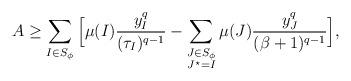
LaTeX: \begin{align*} A\geq\sum_{I\in S_\phi}\Big[\mu(I)\frac{y_I^q}{(\tau_I)^{q-1}} - \sum_{\substack{J\in S_\phi\\ J^\star=I}} \mu(J)\frac{y_J^q}{(\beta+1)^{q-1}}\Big],\end{align*}